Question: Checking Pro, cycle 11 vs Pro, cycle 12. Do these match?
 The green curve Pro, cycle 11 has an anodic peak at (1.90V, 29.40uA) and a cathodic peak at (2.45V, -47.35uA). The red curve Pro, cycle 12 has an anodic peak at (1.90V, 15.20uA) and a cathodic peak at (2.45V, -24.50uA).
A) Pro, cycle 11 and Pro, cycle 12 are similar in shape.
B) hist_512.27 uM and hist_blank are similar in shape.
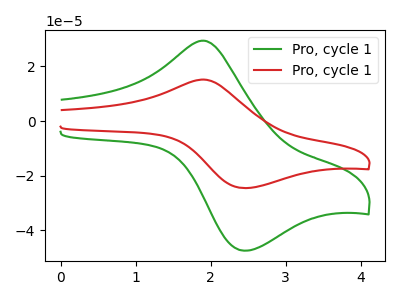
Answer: <think>All the peaks in "Pro, cycle 11" have a peak in "Pro, cycle 12" at the same potential. Every peak in "Pro, cycle 11" is higher than every peak in "Pro, cycle 12".
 </think>
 <answer>A) "Pro, cycle 11" and "Pro, cycle 12" are similar in shape.</answer>
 <eval>A</eval>